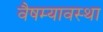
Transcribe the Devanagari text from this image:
वैषम्यावस्था